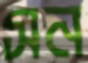
সন